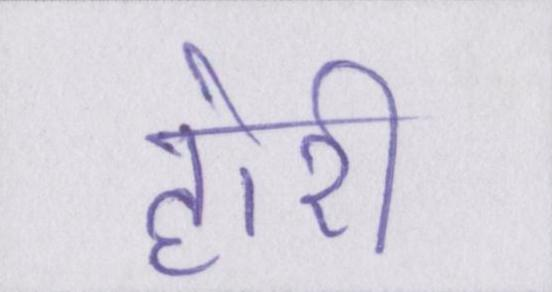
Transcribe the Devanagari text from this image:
होरी